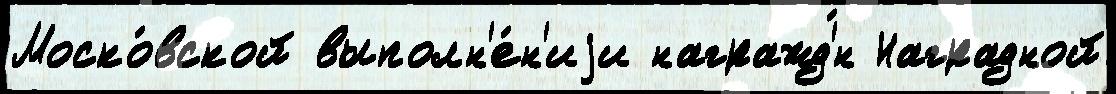
Моско́вской выполн'е́н'иjи награжд'́н Наградной